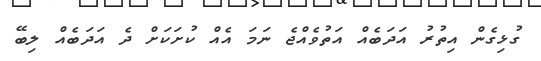
ގުޅިގެން އިތުރު އަދަބެއް އަތުވެއްޖެ ނަމަ އެއް ކުށަކަށް ދެ އަދަބެއް ލިބޭ